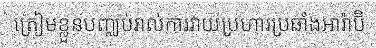
ត្រៀមខ្លួនបញ្ឈប់រាល់ការវាយប្រហារប្រឆាំងអារ៉ាប៊ី